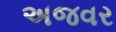
અજવર